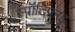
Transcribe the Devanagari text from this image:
स्पॉटिफ़ाइ